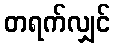
တရက်လျှင်